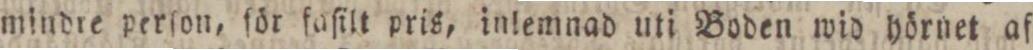
mindre perſon, för faſilt pris, inlemnad uti Boden wid hörnet af